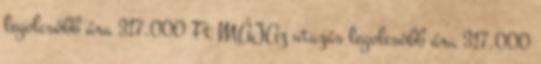
legolcsóbb ára 317.000 Ft MÁJAz utazás legolcsóbb ára 317.000